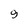
Character: 9